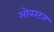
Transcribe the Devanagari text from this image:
ओवरटन